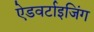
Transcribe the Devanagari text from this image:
ऐडवर्टाइजिंग